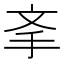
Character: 𰓉